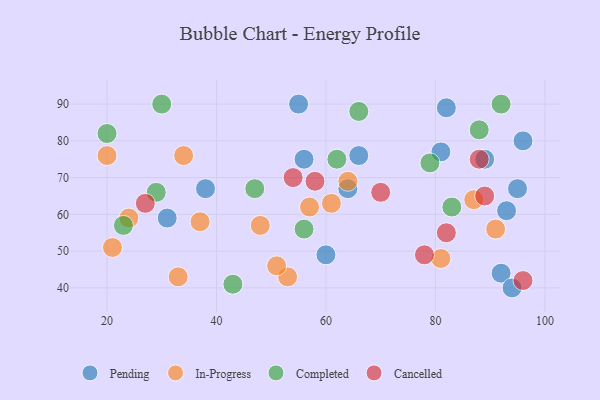
{"axis": {"x": "GDP", "y": "Life Expectancy"}, "legend": ["Cancelled", "Completed", "In-Progress", "Pending"], "data": [{"x": "95", "y": 67, "type": "Pending"}, {"x": "82", "y": 89, "type": "Pending"}, {"x": "31", "y": 59, "type": "Pending"}, {"x": "55", "y": 90, "type": "Pending"}, {"x": "81", "y": 77, "type": "Pending"}, {"x": "56", "y": 75, "type": "Pending"}, {"x": "93", "y": 61, "type": "Pending"}, {"x": "96", "y": 80, "type": "Pending"}, {"x": "64", "y": 67, "type": "Pending"}, {"x": "89", "y": 75, "type": "Pending"}, {"x": "66", "y": 76, "type": "Pending"}, {"x": "38", "y": 67, "type": "Pending"}, {"x": "60", "y": 49, "type": "Pending"}, {"x": "92", "y": 44, "type": "Pending"}, {"x": "94", "y": 40, "type": "Pending"}, {"x": "37", "y": 58, "type": "In-Progress"}, {"x": "91", "y": 56, "type": "In-Progress"}, {"x": "34", "y": 76, "type": "In-Progress"}, {"x": "21", "y": 51, "type": "In-Progress"}, {"x": "20", "y": 76, "type": "In-Progress"}, {"x": "48", "y": 57, "type": "In-Progress"}, {"x": "61", "y": 63, "type": "In-Progress"}, {"x": "33", "y": 43, "type": "In-Progress"}, {"x": "81", "y": 48, "type": "In-Progress"}, {"x": "24", "y": 59, "type": "In-Progress"}, {"x": "53", "y": 43, "type": "In-Progress"}, {"x": "87", "y": 64, "type": "In-Progress"}, {"x": "57", "y": 62, "type": "In-Progress"}, {"x": "51", "y": 46, "type": "In-Progress"}, {"x": "64", "y": 69, "type": "In-Progress"}, {"x": "30", "y": 90, "type": "Completed"}, {"x": "20", "y": 82, "type": "Completed"}, {"x": "92", "y": 90, "type": "Completed"}, {"x": "47", "y": 67, "type": "Completed"}, {"x": "88", "y": 83, "type": "Completed"}, {"x": "23", "y": 57, "type": "Completed"}, {"x": "83", "y": 62, "type": "Completed"}, {"x": "66", "y": 88, "type": "Completed"}, {"x": "43", "y": 41, "type": "Completed"}, {"x": "56", "y": 56, "type": "Completed"}, {"x": "29", "y": 66, "type": "Completed"}, {"x": "79", "y": 74, "type": "Completed"}, {"x": "62", "y": 75, "type": "Completed"}, {"x": "54", "y": 70, "type": "Cancelled"}, {"x": "27", "y": 63, "type": "Cancelled"}, {"x": "70", "y": 66, "type": "Cancelled"}, {"x": "58", "y": 69, "type": "Cancelled"}, {"x": "82", "y": 55, "type": "Cancelled"}, {"x": "88", "y": 75, "type": "Cancelled"}, {"x": "96", "y": 42, "type": "Cancelled"}, {"x": "89", "y": 65, "type": "Cancelled"}, {"x": "78", "y": 49, "type": "Cancelled"}]}